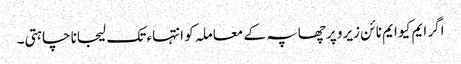
اگر ایم کیو ایم نا ئن زیرو پر چھاپہ کے معاملہ کو انتہاء تک لیجانا چاہتی۔